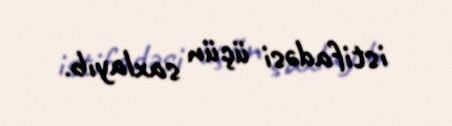
istifadəsi üçün saxlayıb.